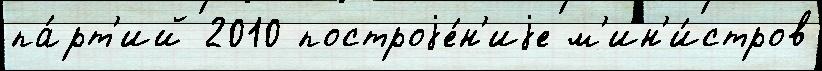
па́рт'ий 2010 построjе́н'иjе м'ин'и́стров